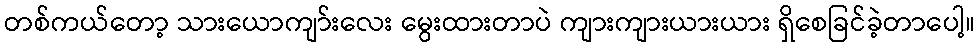
တစ်ကယ်တော့ သားယောကျာ်းလေး မွေးထားတာပဲ ကျားကျားယားယား ရှိစေခြင်ခဲ့တာပေါ့။